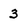
Character: 3